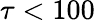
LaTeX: \tau<100